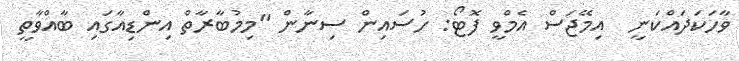
ވާހަކަދައްކަނީ  އިމޭޖަސް އެމްވީ ފޮޓޯ: ހުސައިން ސިނާން "މިމުބާރާތް އިންޑިއާގައި ބާއްވާތީ